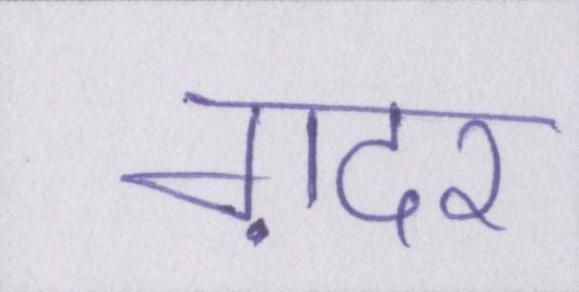
ग़दर